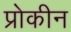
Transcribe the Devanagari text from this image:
प्रोकीन